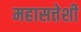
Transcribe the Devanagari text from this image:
महासत्तेशी